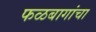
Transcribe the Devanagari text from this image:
फळबागांचा